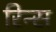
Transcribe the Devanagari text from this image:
रिन्स